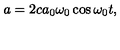
a = 2 c a _ { 0 } \omega _ { 0 } \cos \omega _ { 0 } t ,